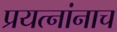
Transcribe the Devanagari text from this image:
प्रयत्नांनाच